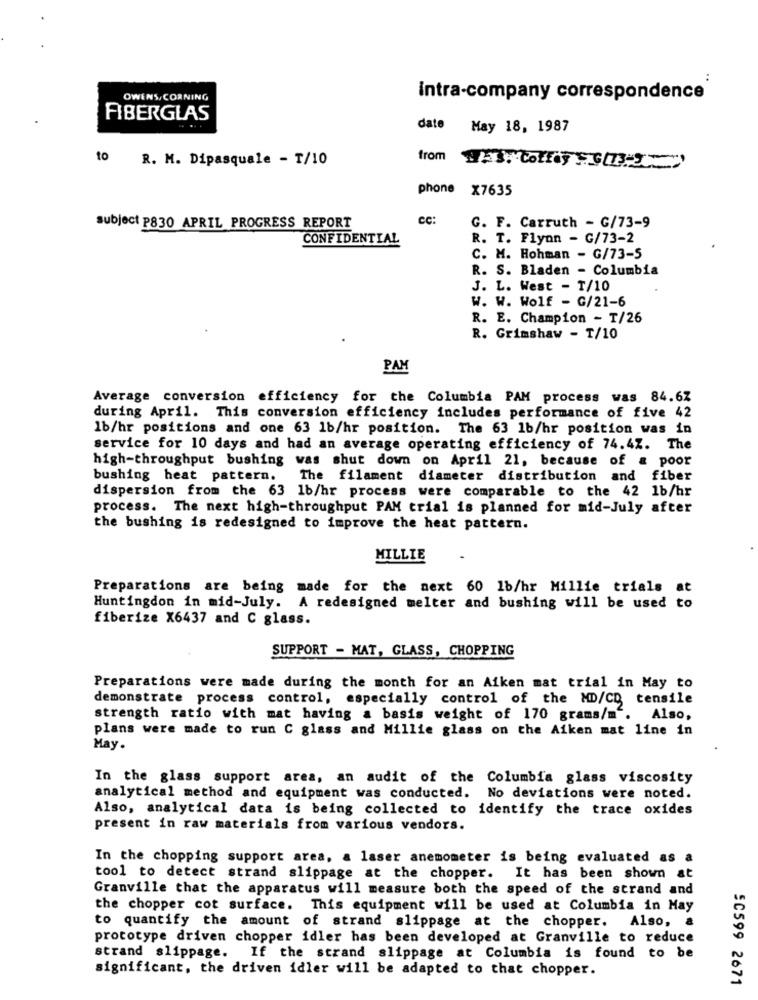
OWENS, CORNING
Intra-company correspondence
FIBERGLAS
date
May 18, 1987
to
R. M. Dipasquale - T/10
from 143. 001032
phone X7635
cc:
subject P830 APRIL PROGRESS REPORT
G. F. Carruth - G/73-9
CONFIDENTIAL
R. T. Flyon - G/73-2
C. M. Hohman - G/73-5
R. S. Bladen - Columbia
J. L. West - T/10
W. W. Wolf - G/21-6
R. E. Champion - T/26
R. Grimshaw - T/10
PAM
Average conversion efficiency for the Columbia PAM process was 84.67
during April. This conversion efficiency includes performance of five 42
1b/hr positions and one 63 1b/hr position. The 63 1b/hr position was in
service for 10 days and had an average operating efficiency of 74.42. The
high-throughput bushing was shut down on April 21, because of a poor
bushing heat pattern. The filament diameter distribution and fiber
dispersion from the 63 1b/hr process were comparable to the 42 1b/hr
process. The next high-throughput PAM trial is planned for mid-July after
the bushing is redesigned to improve the heat pattern.
MILLIE
Preparations are being made for the next 60 1b/hr Millie trials at
Huntingdon in mid-July. A redesigned melter and bushing will be used to
fiberize X6437 and C glass.
SUPPORT - MAT, GLASS, CHOPPING
Preparations were made during the month for an Aiken mat trial in May to
demonstrate process control, especially control of the MD/CD tensile
strength ratio with mat having a basis weight of 170 grams/m . Also,
plans were made to run C glass and Millie glass on the Aiken mat line in
May.
In the glass support area, an audit of the Columbia glass viscosity
analytical method and equipment was conducted. No deviations were noted.
Also, analytical data is being collected to identify the trace oxides
present in raw materials from various vendors.
In the chopping support area, a laser anemometer is being evaluated as a
tool to detect strand slippage at the chopper. It has been shown at
Granville that the apparatus will measure both the speed of the strand and
the chopper cot surface. This equipment will be used at Columbia in May
to quantify the amount of strand slippage at the chopper. Also,
prototype driven chopper idler has been developed at Granville to reduce
strand slippage. If the strand slippage at Columbia is found to be
significant, the driven idler will be adapted to that chopper.
SC599 2671